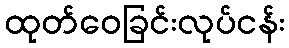
ထုတ်ဝေခြင်းလုပ်ငန်း